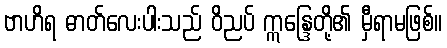
ဗာဟိရ ဓာတ်လေးပါးသည် ဝိညပ် ဣန္ဒြေတို့၏ မှီရာမဖြစ်။